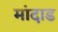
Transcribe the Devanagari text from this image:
मांदाड